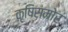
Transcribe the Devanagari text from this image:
कृषिसमोर